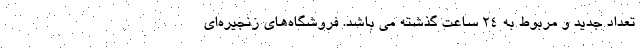
تعداد جدید و مربوط به ۲۴ ساعت گذشته می باشد. فروشگاه­های زنجیره­ای